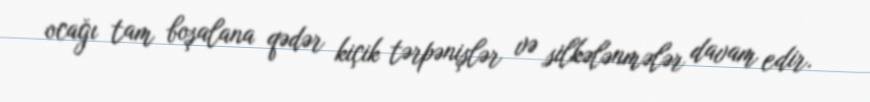
ocağı tam boşalana qədər kiçik tərpənişlər və silkələnmələr davam edir.